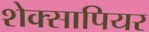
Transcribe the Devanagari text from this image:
शेक्सापियर